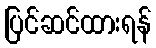
ပြင်ဆင်ထားရန်